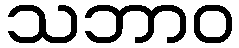
သဘာဝ